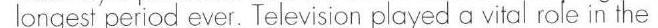
longest period ever. Television played a vital role in the